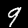
Digit: 9